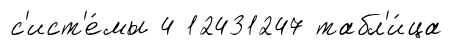
с'ист'е́мы 4 12431247 табл'и́ца